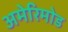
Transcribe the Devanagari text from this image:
अमेरिमोड